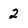
Character: 2